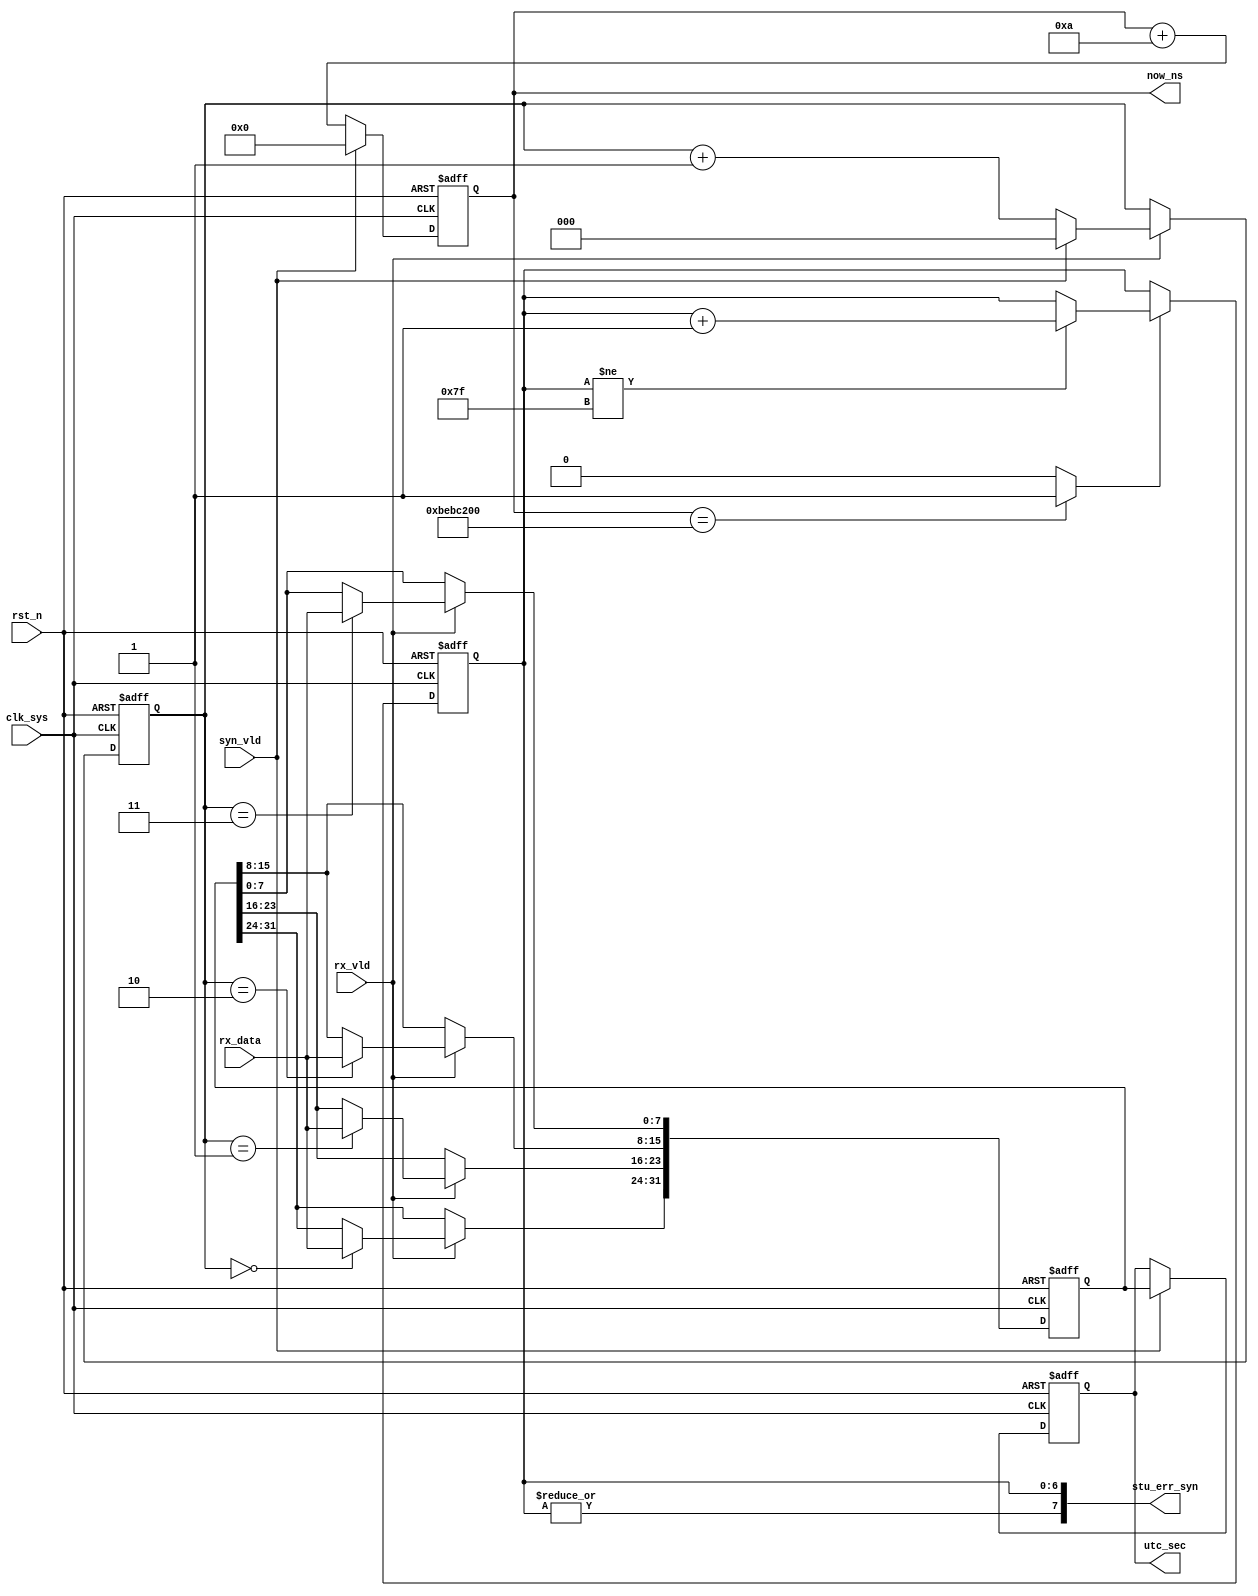
//syn_dec.v

module syn_dec(
rx_data,
rx_vld,
syn_vld,
utc_sec,
now_ns,
stu_err_syn,
//clk rst
clk_sys,
rst_n
);
input	[7:0]	rx_data;
input				rx_vld;
input 			syn_vld;
output [31:0]	utc_sec;
output [31:0]	now_ns;
output [7:0]	stu_err_syn;
//clk rst
input clk_sys;
input rst_n;
//-----------------------------------------------
//-----------------------------------------------


reg [2:0] cnt_times;
always @(posedge clk_sys or negedge rst_n)	begin
	if(~rst_n)
		cnt_times <= 3'h0;
	else if(rx_vld)
		cnt_times <= syn_vld ? 3'h0 : (cnt_times + 3'h1);
	else ;
end


reg [31:0] cnt_ns;
always @ (posedge clk_sys or negedge rst_n)	begin	
	if(~rst_n)
		cnt_ns <= 32'h0;
	else if(syn_vld)
		cnt_ns <= 32'h0;
	else 
		cnt_ns <= cnt_ns + 32'd10;
end

reg [31:0] utc_org;
always @ (posedge clk_sys or negedge rst_n)	begin
	if(~rst_n)
		utc_org <= 32'h0;
	else if(rx_vld) begin
		case(cnt_times)
			3'h0: utc_org[31:24] <= rx_data;
			3'h1: utc_org[23:16] <= rx_data;
			3'h2: utc_org[15:8]	 <= rx_data;
			3'h3: utc_org[7:0]	 <= rx_data;
			default : ;
		endcase
	end
	else ;
end


//-------------- output syn data --------
wire [31:0]	now_ns;
assign	now_ns = cnt_ns;
reg [31:0]	utc_sec;
always @ (posedge clk_sys or negedge rst_n)	begin
	if(~rst_n)
		utc_sec <= 32'h0;
	else if(syn_vld)
		utc_sec <= utc_org;
	else ;
end


//------------- stu error -----------
reg [6:0] cnt_err_syn;
wire trig_err_syn;
`ifdef SIM
assign trig_err_syn = (cnt_ns == 32'd100_00) ? 1'b1 : 1'b0;
`else 
assign trig_err_syn = (cnt_ns == 32'd2000_000_00) ? 1'b1 : 1'b0;
`endif
always @ (posedge clk_sys or negedge rst_n)	begin
	if(~rst_n)
		cnt_err_syn <= 7'h0;
	else if(trig_err_syn) begin
		if(cnt_err_syn != 7'h7f)
			cnt_err_syn <= cnt_err_syn + 7'h1;
		else ;
	end
	else ;
end
wire [7:0] stu_err_syn;
assign stu_err_syn = {|cnt_err_syn,cnt_err_syn};


endmodule